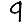
Digit: 9